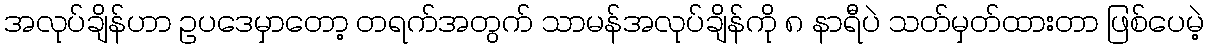
အလုပ်ချိန်ဟာ ဥပဒေမှာတော့ တရက်အတွက် သာမန်အလုပ်ချိန်ကို ၈ နာရီပဲ သတ်မှတ်ထားတာ ဖြစ်ပေမဲ့